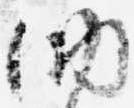
納